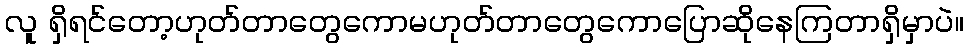
လူ ရှိရင်တော့ဟုတ်တာတွေကောမဟုတ်တာတွေကောပြောဆိုနေကြတာရှိမှာပဲ။